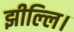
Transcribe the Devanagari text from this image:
झील्‍लि।